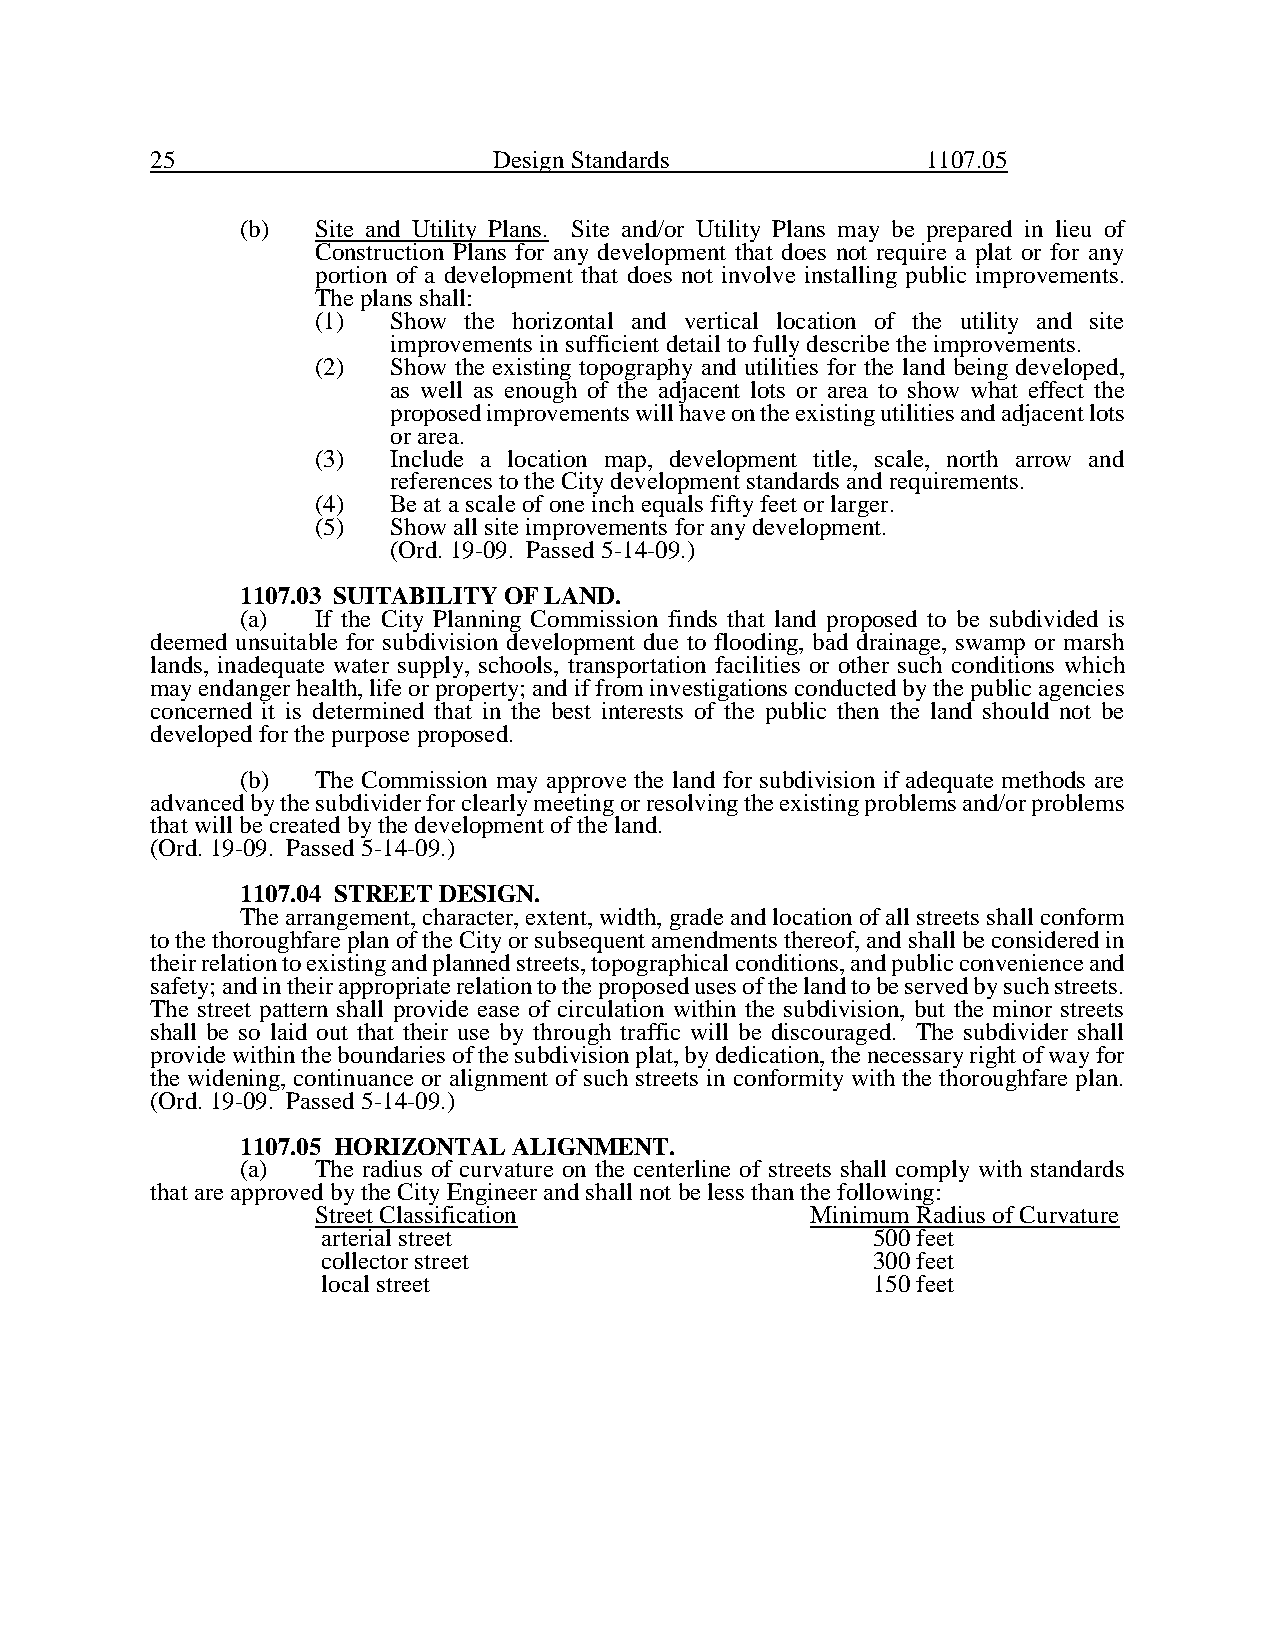
25                     Design Standards            1107.05
 (b)  Site and Utility Plans. Site and/or Utility Plans may be prepared in lieu of
 Construction Plans for any development that does not require a plat or for any
 portion of a development that does not involve installing public improvements.
 The plans shall:
 (1)  Show the horizontal and vertical location of the utility and site
 improvements in sufficient detail to fully describe the improvements.
 (2)  Show the existing topography and utilities for the land being developed,
 as well as enough of the adjacent lots or area to show what effect the
 proposed improvements will have on the existing utilities and adjacent lots
 or area.
 (3)  Include a location map, development title, scale, north arrow and
 references to the City development standards and requirements.
 (4)  Be at a scale of one inch equals fifty feet or larger.
 (5)  Show all site improvements for any development.
 (Ord. 19-09. Passed 5-14-09.)
 1107.03 SUITABILITY OF LAND.
 (a)  If the City Planning Commission finds that land proposed to be subdivided is
 deemed unsuitable for subdivision development due to flooding, bad drainage, swamp or marsh
 lands, inadequate water supply, schools, transportation facilities or other such conditions which
 may endanger health, life or property; and if from investigations conducted by the public agencies
 concerned it is determined that in the best interests of the public then the land should not be
 developed for the purpose proposed.
 (b)  The Commission may approve the land for subdivision if adequate methods are
 advanced by the subdivider for clearly meeting or resolving the existing problems and/or problems
 that will be created by the development of the land.
 (Ord. 19-09. Passed 5-14-09.)
 1107.04 STREET DESIGN.
 The arrangement, character, extent, width, grade and location of all streets shall conform
 to the thoroughfare plan of the City or subsequent amendments thereof, and shall be considered in
 their relation to existing and planned streets, topographical conditions, and public convenience and
 safety; and in their appropriate relation to the proposed uses of the land to be served by such streets.
 The street pattern shall provide ease of circulation within the subdivision, but the minor streets
 shall be so laid out that their use by through traffic will be discouraged. The subdivider shall
 provide within the boundaries of the subdivision plat, by dedication, the necessary right of way for
 the widening, continuance or alignment of such streets in conformity with the thoroughfare plan.
 (Ord. 19-09. Passed 5-14-09.)
 1107.05 HORIZONTAL ALIGNMENT.
 (a)  The radius of curvature on the centerline of streets shall comply with standards
 that are approved by the City Engineer and shall not be less than the following:
 Street Classification            Minimum Radius of Curvature
 arterial street                      500 feet
 collector street                     300 feet
 local street                         150 feet